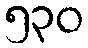
၅၃၀